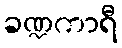
ခဏ္ဍကာရီ